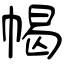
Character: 幆